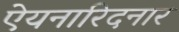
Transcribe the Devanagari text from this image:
ऐयनारिदनार